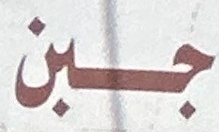
جبن